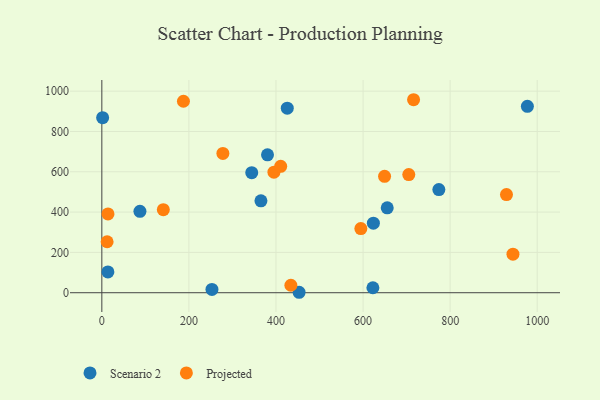
{"axis": {"x": "Speed", "y": "Exam Score"}, "legend": ["Projected", "Scenario 2"], "data": [{"x": "87.5", "y": 403.8, "type": "Scenario 2"}, {"x": "622.6", "y": 24.7, "type": "Scenario 2"}, {"x": "365.4", "y": 456.1, "type": "Scenario 2"}, {"x": "380.5", "y": 684.1, "type": "Scenario 2"}, {"x": "774.1", "y": 511.6, "type": "Scenario 2"}, {"x": "252.9", "y": 16.1, "type": "Scenario 2"}, {"x": "1.8", "y": 868.6, "type": "Scenario 2"}, {"x": "344.3", "y": 595.6, "type": "Scenario 2"}, {"x": "623.7", "y": 345.2, "type": "Scenario 2"}, {"x": "655.5", "y": 421.2, "type": "Scenario 2"}, {"x": "425.9", "y": 915.8, "type": "Scenario 2"}, {"x": "13.9", "y": 103.0, "type": "Scenario 2"}, {"x": "977.4", "y": 924.9, "type": "Scenario 2"}, {"x": "453.1", "y": 2.2, "type": "Scenario 2"}, {"x": "929.4", "y": 486.7, "type": "Projected"}, {"x": "12.1", "y": 252.9, "type": "Projected"}, {"x": "649.4", "y": 577.5, "type": "Projected"}, {"x": "594.9", "y": 318.1, "type": "Projected"}, {"x": "187.4", "y": 949.9, "type": "Projected"}, {"x": "141.2", "y": 412.1, "type": "Projected"}, {"x": "395.3", "y": 598.0, "type": "Projected"}, {"x": "278.0", "y": 691.1, "type": "Projected"}, {"x": "705.0", "y": 586.0, "type": "Projected"}, {"x": "434.2", "y": 37.1, "type": "Projected"}, {"x": "944.3", "y": 191.2, "type": "Projected"}, {"x": "410.8", "y": 627.0, "type": "Projected"}, {"x": "716.0", "y": 957.5, "type": "Projected"}, {"x": "14.1", "y": 390.9, "type": "Projected"}]}